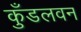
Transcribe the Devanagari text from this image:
कुँडलवन